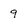
Character: 9